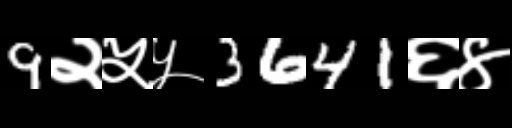
Text: 9२५५3641६४